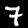
Label: 7